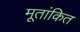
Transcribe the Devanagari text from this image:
मूतांकित